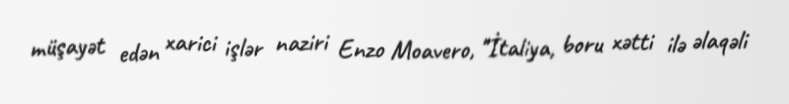
müşayət edən xarici işlər naziri Enzo Moavero, "İtaliya, boru xətti ilə əlaqəli